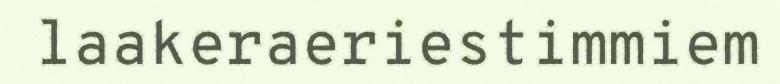
laakeraeriestimmiem